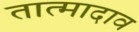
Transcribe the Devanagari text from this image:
तात्मादाव